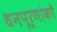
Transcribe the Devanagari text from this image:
धनपूर्णांकों